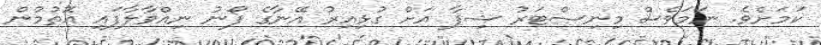
ކަމަށެވެ. ނަމަވެސް މިނިސްޓަރު ޝިފާ އަށް ގުޅިއިރު އޭނާގެ ފޯނު ނިއްވާލާފައި އޮތުމުން